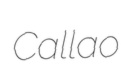
Callao